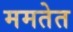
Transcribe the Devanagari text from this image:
ममतेत